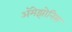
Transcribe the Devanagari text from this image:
ॲमेझोनिस